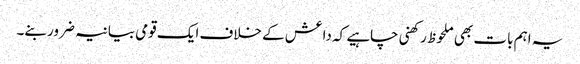
یہ اہم بات بھی ملحوظ رکھنی چاہیے کہ داعش کے خلاف ایک قومی بیانیہ ضرور بنے۔